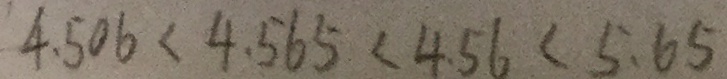
4 . 5 0 6 < 4 . 5 6 5 < 4 . 5 6 < 5 . 6 5